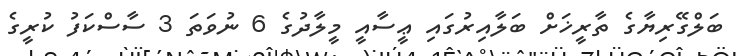
ބަލްގޭރިޔާގެ ތާރީޚަށް ބަލާއިރުގައި ޢީސާއީ މީލާދުގެ 6 ނުވަތަ 3 ސާސްކަފު ކުރީގެ